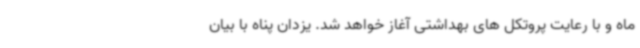
ماه و با رعایت پروتکل های بهداشتی آغاز خواهد شد. یزدان پناه با بیان